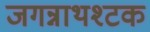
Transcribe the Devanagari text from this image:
जगन्नाथश्टक